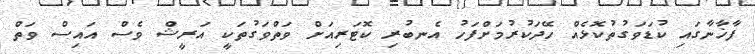
ފާޚާނާގައި ކުޑަވަގުތުކޮޅެއް ހޭދަކުރުމަށްފަހު އެނބުރި ކޮޓަރިއަށް ވަތްވަގުތަކީ އަރީޝް ވެސް އައިސް ވަތް